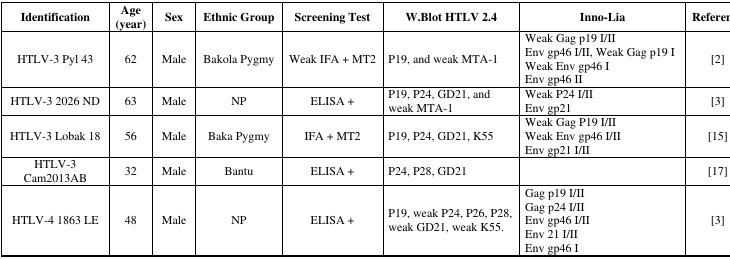
| Identification | Age (year) | Sex | Ethnic Group | Screening Test | W.Blot HTLV 2.4 | Inno-Lia | Reference |
 | --- | --- | --- | --- | --- | --- | --- | --- |
 | HTLV-3 Pyl 43 | 62 | Male | Bakola Pygmy | Weak IFA + MT2 | P19, and weak MTA-1 | Weak Gag p19 I/IIEnv gp46 I/II, Weak Gag p19 IWeak Env gp46 IEnv gp46 II | [2] |
 | HTLV-3 2026 ND | 63 | Male | NP | ELISA + | P19, P24, GD21, and weak MTA-1 | Weak P24 I/IIEnv gp21 | [3] |
 | HTLV-3 Lobak 18 | 56 | Male | Baka Pygmy | IFA + MT2 | P19, P24, GD21, K55 | Weak Gag P19 I/IIWeak Env gp46 I/IIEnv gp21 I/II | [15] |
 | HTLV-3 Cam2013AB | 32 | Male | Bantu | ELISA + | P24, P28, GD21 |  | [17] |
 | HTLV-4 1863 LE | 48 | Male | NP | ELISA + | P19, weak P24, P26, P28, weak GD21, weak K55. | Gag p19 I/IIGag p24 I/IIEnv gp46 I/IIEnv 21 I/IIEnv gp46 I | [3] |